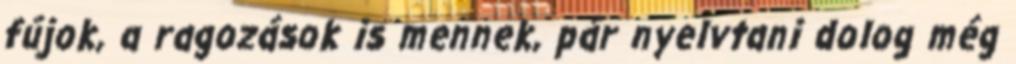
fújok, a ragozások is mennek, pár nyelvtani dolog még